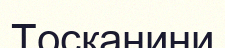
Тосканини